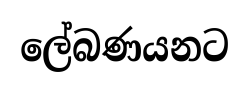
ලේබණයනට